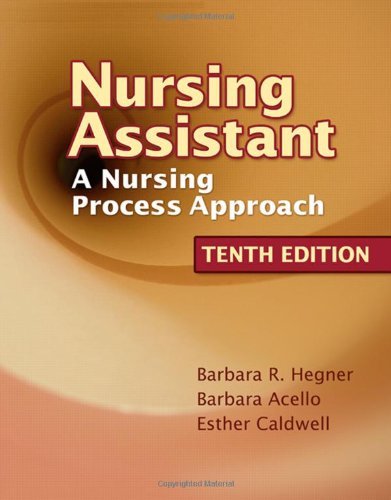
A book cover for Nursing Assistant :: Nursing Process Approach - Student Workbook 10TH EDITION; Barbara Hegner; Medical Books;